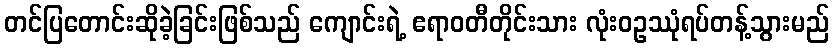
တင်ပြတောင်းဆိုခဲ့ခြင်းဖြစ်သည် ကျောင်းရဲ့ ဧရာဝတီတိုင်းသား လုံးဝဥဿုံရပ်တန့်သွားမည်